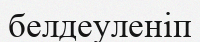
белдеуленіп